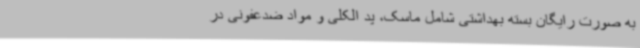
به صورت رایگان بسته بهداشتی شامل ماسک، پد الکلی و مواد ضدعفونی در